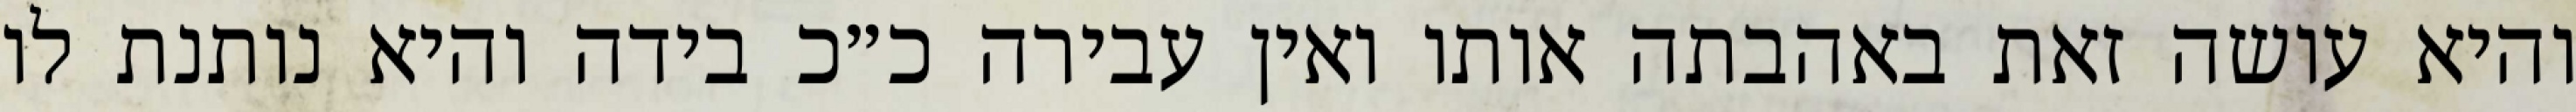
והיא עושה זאת באהבתה אותו ואין עבירה כ״כ בידה והיא נותנת לו